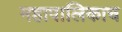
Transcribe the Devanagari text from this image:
महापालिकाच